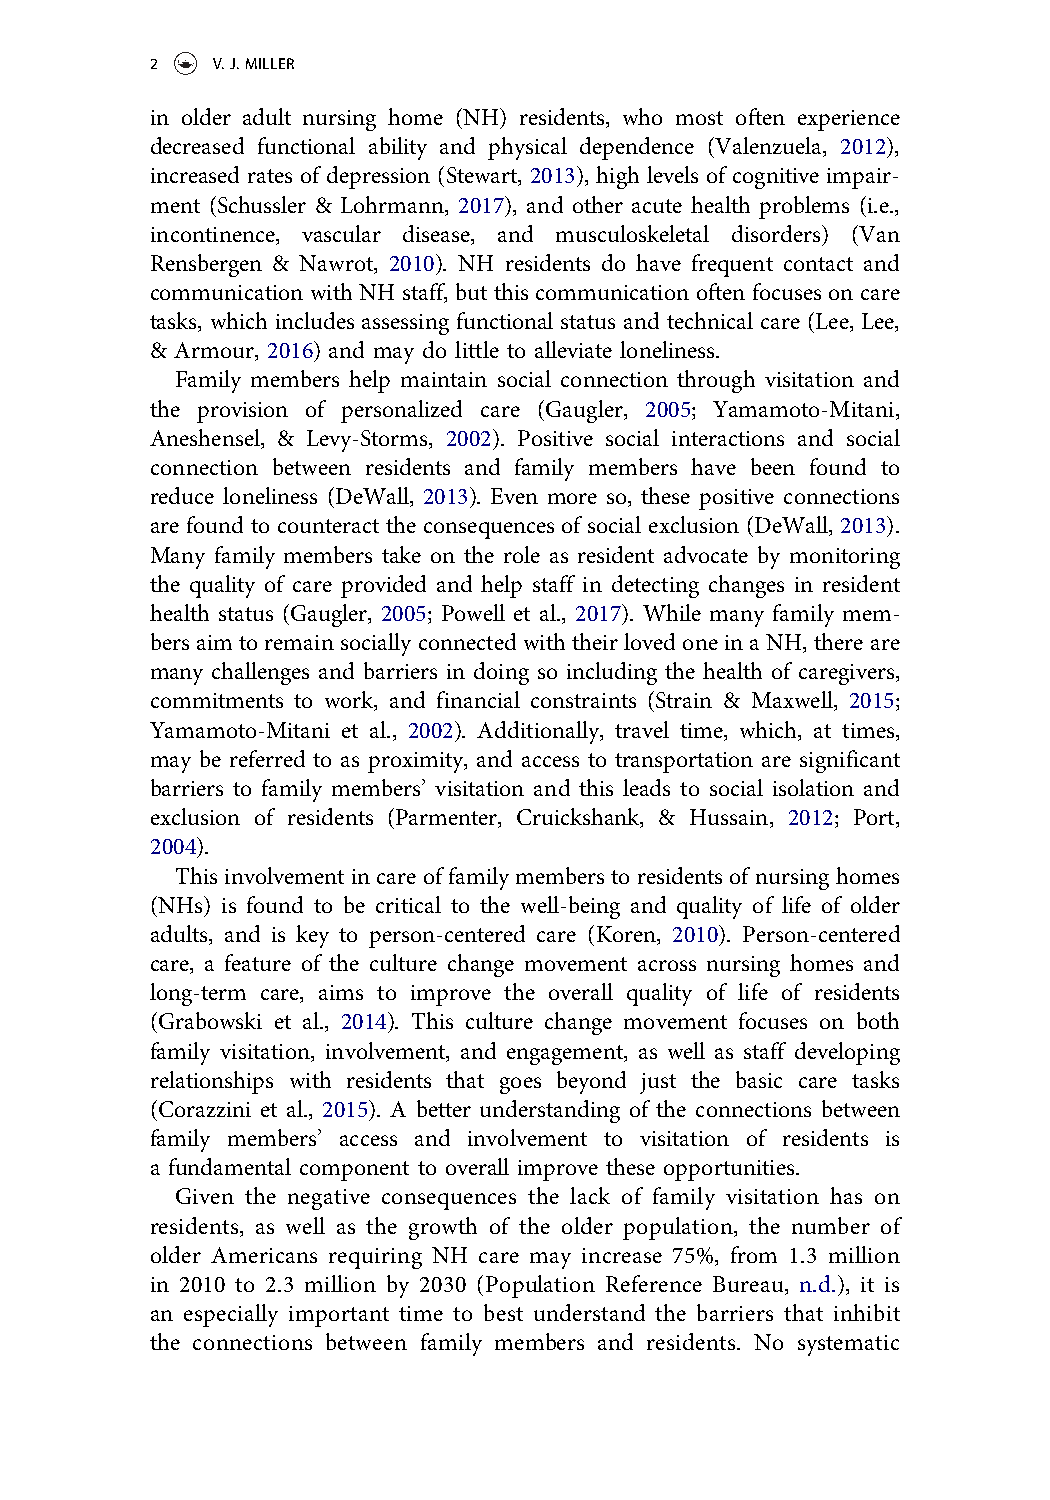
2   V.J.MILLER
 in older adult nursing home (NH) residents, who most often experience
 decreased functional ability and physical dependence (Valenzuela, 2012),
 increased rates of depression (Stewart, 2013), high levels of cognitive impair-
 ment (Schussler & Lohrmann, 2017), and other acute health problems (i.e.,
 incontinence, vascular disease, and musculoskeletal disorders) (Van
 Rensbergen & Nawrot, 2010). NH residents do have frequent contact and
 communication with NH staff, but this communication often focuses on care
 tasks, which includes assessing functional status and technical care (Lee, Lee,
 & Armour, 2016) and may do little to alleviate loneliness.
 Family members help maintain social connection through visitation and
 the provision of personalized care (Gaugler, 2005; Yamamoto-Mitani,
 Aneshensel, & Levy-Storms, 2002). Positive social interactions and social
 connection between residents and family members have been found to
 reduce loneliness (DeWall, 2013). Even more so, these positive connections
 are found to counteract the consequences of social exclusion (DeWall, 2013).
 Many family members take on the role as resident advocate by monitoring
 the quality of care provided and help staff in detecting changes in resident
 health status (Gaugler, 2005; Powell et al., 2017). While many family mem-
 bers aim to remain socially connected withtheir loved one ina NH,there are
 many challenges and barriers in doing so including the health of caregivers,
 commitments to work, and financial constraints (Strain & Maxwell, 2015;
 Yamamoto-Mitani et al., 2002). Additionally, travel time, which, at times,
 may be referred to as proximity, and access to transportation are significant
 barriers to family members’ visitation and this leads to social isolation and
 exclusion of residents (Parmenter, Cruickshank, & Hussain, 2012; Port,
 2004).
 This involvement in care of family members to residents of nursing homes
 (NHs) is found to be critical to the well-being and quality of life of older
 adults, and is key to person-centered care (Koren, 2010). Person-centered
 care, a feature of the culture change movement across nursing homes and
 long-term care, aims to improve the overall quality of life of residents
 (Grabowski et al., 2014). This culture change movement focuses on both
 family visitation, involvement, and engagement, as well as staff developing
 relationships with residents that goes beyond just the basic care tasks
 (Corazzini et al., 2015). A better understanding of the connections between
 family members’ access and involvement to visitation of residents is
 a fundamental component to overall improve these opportunities.
 Given the negative consequences the lack of family visitation has on
 residents, as well as the growth of the older population, the number of
 older Americans requiring NH care may increase 75%, from 1.3 million
 in 2010 to 2.3 million by 2030 (Population Reference Bureau, n.d.), it is
 an especially important time to best understand the barriers that inhibit
 the connections between family members and residents. No systematic